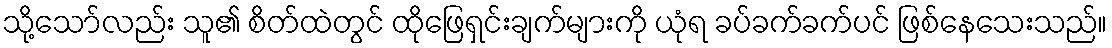
သို့သော်လည်း သူ၏ စိတ်ထဲတွင် ထိုဖြေရှင်းချက်များကို ယုံရ ခပ်ခက်ခက်ပင် ဖြစ်နေသေးသည်။